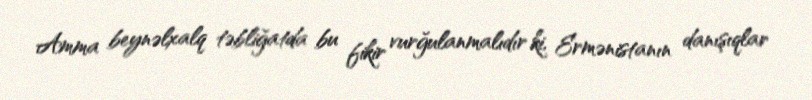
Amma beynəlxalq təbliğatda bu fikir vurğulanmalıdır ki, Ermənistanın danışıqlar